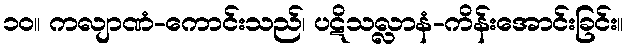
၁၀။ ကလျာဏံ-ကောင်းသည်၊ ပဋိသလ္လာနံ-ကိန်းအောင်းခြင်း။